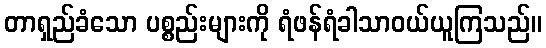
တာရှည်ခံသော ပစ္စည်းများကို ရံဖန်ရံခါသာဝယ်ယူကြသည်။